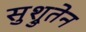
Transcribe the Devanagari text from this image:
सुश्रुतेन